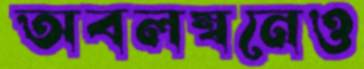
অবলম্বনেও